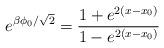
LaTeX: \begin{align*}e^{\beta \phi_{0}/\sqrt{2}}=\frac{1+e^{2(x-x_{0})}}{1-e^{2(x-x_{0})}}\end{align*}